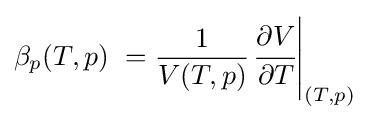
\beta _{p}(T,p)\ ={\frac {1}{V(T,p)}}{\left.{\cfrac {\partial V}{\partial T}}\right|_{(T,p)}}